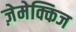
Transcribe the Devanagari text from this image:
ज़ेमेक्किज